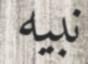
نبيه